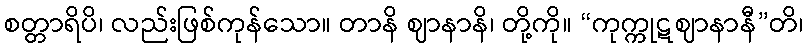
စတ္တာရိပိ၊ လည်းဖြစ်ကုန်သော။ တာနိ ဈာနာနိ၊ တို့ကို။ “ကုက္ကုဋဈာနာနီ”တိ၊